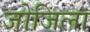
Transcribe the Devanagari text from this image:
जोजिला